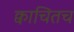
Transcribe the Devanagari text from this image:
क्वाचितच